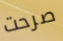
صرحت